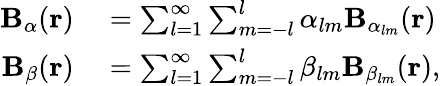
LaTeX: \begin{array}{rl}{\mathbf{B}_{\alpha}(\mathbf{r})}&{{}=\sum_{l=1}^{\infty}\sum_{m=-l}^{l}\alpha_{lm}\mathbf{B}_{\alpha_{lm}}(\mathbf{r})}\\ {\mathbf{B}_{\beta}(\mathbf{r})}&{{}=\sum_{l=1}^{\infty}\sum_{m=-l}^{l}\beta_{lm}\mathbf{B}_{\beta_{lm}}(\mathbf{r}),}\end{array}